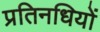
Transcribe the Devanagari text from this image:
प्रतिनधियों